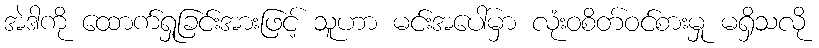
အဲဒါကို ထောက်ရှုခြင်းအားဖြင့် သူဟာ မင်းအပေါ်မှာ လုံးဝစိတ်ဝင်စားမှု မရှိသလို